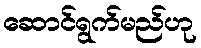
ဆောင်ရွက်မည်ဟု